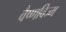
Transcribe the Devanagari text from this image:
वैष्णविज्म